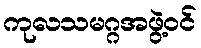
ကုလသမဂ္ဂအဖွဲ့ဝင်